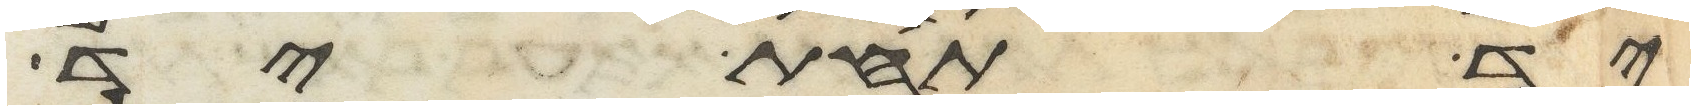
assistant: יד תחת יד